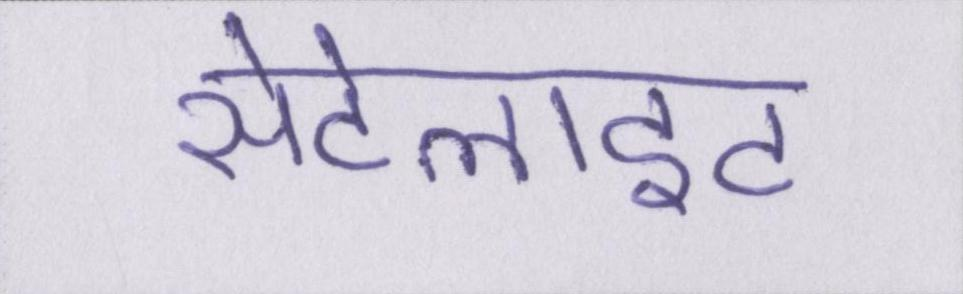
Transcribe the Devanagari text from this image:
सेटेलाइट